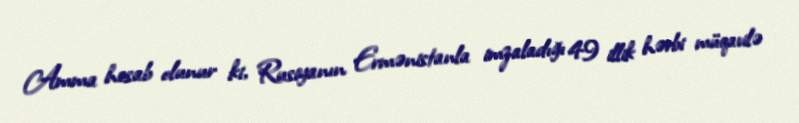
Amma hesab olunur ki, Rusiyanın Ermənistanla imzaladığı 49 illik hərbi müqavilə